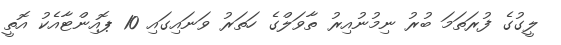
ލީގުގެ ފުރަތަމަ ބުރު ނިމުނުއިރު ތާވަލްގެ ހަތަރު ވަނައިގައި 10 ޕޮއިންޓާއެކު އޮތީ